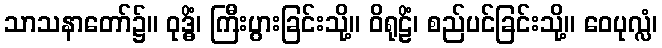
သာသနာတော်၌။ ဝုဒ္ဓိံ၊ ကြီးပွားခြင်းသို့။ ဝိရုဠိံ၊ စည်ပင်ခြင်းသို့။ ဝေပုလ္လံ၊